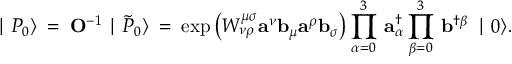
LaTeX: \mid { P } _ { 0 } \rangle \: = \: { \mathbf O ^ { - 1 } } \mid \tilde { P } _ { 0 } \rangle \: = \: \exp \left( { \cal W } _ { \nu \rho } ^ { \mu \sigma } { \mathbf a } ^ { \nu } { \mathbf b } _ { \mu } { \mathbf a } ^ { \rho } { \mathbf b } _ { \sigma } \right) \prod _ { \alpha = 0 } ^ { 3 } \, { \mathbf a } _ { \alpha } ^ { \dagger } \prod _ { \beta = 0 } ^ { 3 } \, { \mathbf b } ^ { \dagger \beta } \, \mid 0 \rangle .